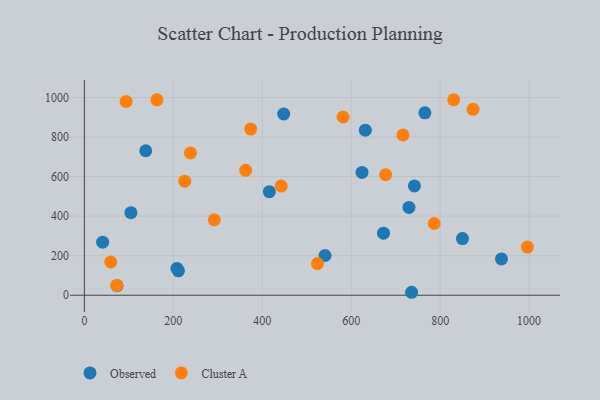
{"axis": {"x": "Distance", "y": "Profit"}, "legend": ["Cluster A", "Observed"], "data": [{"x": "41.0", "y": 268.4, "type": "Observed"}, {"x": "624.3", "y": 621.2, "type": "Observed"}, {"x": "208.1", "y": 135.7, "type": "Observed"}, {"x": "541.2", "y": 201.1, "type": "Observed"}, {"x": "937.9", "y": 183.5, "type": "Observed"}, {"x": "415.9", "y": 523.8, "type": "Observed"}, {"x": "631.7", "y": 834.9, "type": "Observed"}, {"x": "850.1", "y": 286.7, "type": "Observed"}, {"x": "729.9", "y": 444.3, "type": "Observed"}, {"x": "448.2", "y": 916.8, "type": "Observed"}, {"x": "765.7", "y": 922.5, "type": "Observed"}, {"x": "73.4", "y": 48.1, "type": "Observed"}, {"x": "672.6", "y": 314.0, "type": "Observed"}, {"x": "211.5", "y": 123.3, "type": "Observed"}, {"x": "742.1", "y": 553.1, "type": "Observed"}, {"x": "137.9", "y": 730.7, "type": "Observed"}, {"x": "735.7", "y": 15.0, "type": "Observed"}, {"x": "104.6", "y": 417.5, "type": "Observed"}, {"x": "786.6", "y": 362.8, "type": "Cluster A"}, {"x": "93.8", "y": 980.3, "type": "Cluster A"}, {"x": "677.5", "y": 609.5, "type": "Cluster A"}, {"x": "442.5", "y": 552.0, "type": "Cluster A"}, {"x": "581.7", "y": 901.5, "type": "Cluster A"}, {"x": "59.4", "y": 168.6, "type": "Cluster A"}, {"x": "374.1", "y": 840.2, "type": "Cluster A"}, {"x": "524.1", "y": 160.0, "type": "Cluster A"}, {"x": "292.3", "y": 381.3, "type": "Cluster A"}, {"x": "873.9", "y": 940.5, "type": "Cluster A"}, {"x": "996.1", "y": 243.6, "type": "Cluster A"}, {"x": "362.6", "y": 631.8, "type": "Cluster A"}, {"x": "72.6", "y": 49.4, "type": "Cluster A"}, {"x": "163.2", "y": 988.5, "type": "Cluster A"}, {"x": "716.4", "y": 811.0, "type": "Cluster A"}, {"x": "830.4", "y": 988.9, "type": "Cluster A"}, {"x": "225.7", "y": 577.0, "type": "Cluster A"}, {"x": "238.5", "y": 719.8, "type": "Cluster A"}]}